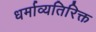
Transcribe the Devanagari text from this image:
धर्माव्यतिरिक्त